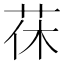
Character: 茠